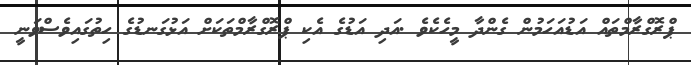
ޕްރޮގްރާމްތައް އަޑުއަހަމުން ގެންދާ މީހެކެވެ .އަދި އަޑުގެ އެކި ޕްރޮގްރާމްތަކަށް އަޅުގަނޑުގެ ހިތުގައިވެސްވަނީ